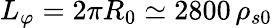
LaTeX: {L_{\varphi}=2\pi R_{0}\simeq 2800\, \rho_{s0}}